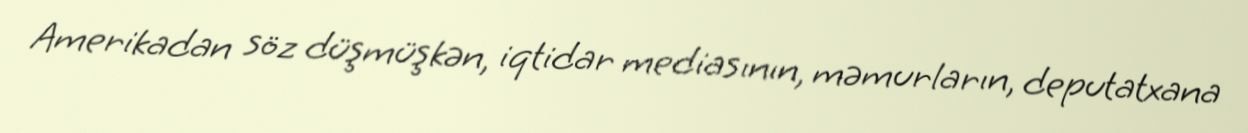
Amerikadan söz düşmüşkən, iqtidar mediasının, məmurların, deputatxana